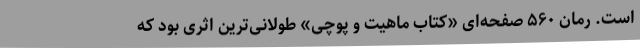
است. رمان ۵۶۰ صفحه‌ای «کتاب ماهیت و پوچی» طولانی‌ترین اثری بود که